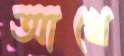
আখে